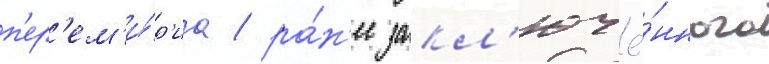
п'ер'ем'и́р'иа / ра́н'ее закл'ючё́нного